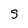
Character: S